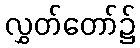
လွှတ်တော်၌